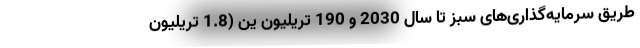
طریق سرمایه‌گذاری‌های سبز تا سال 2030 و 190 تریلیون ین (1.8 تریلیون